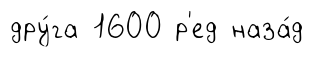
дру́га 1600 р'ед наза́д